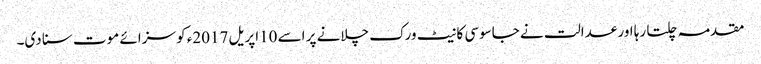
مقدمہ چلتا رہا اور عدالت نے جاسوسی کا نیٹ ورک چلانے پر اسے 10اپریل 2017ء کو سزائے موت سنا دی۔